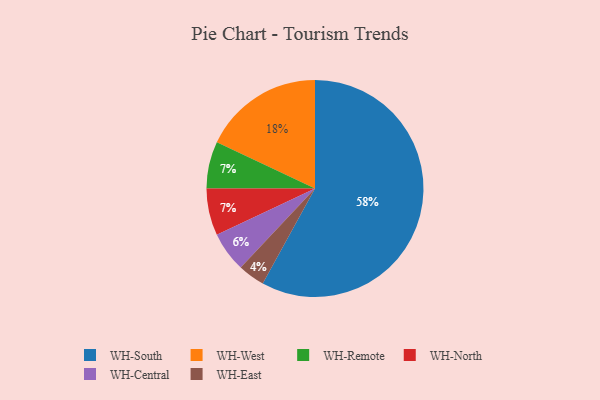
{"axis": {"x": "Category", "y": "Percentage"}, "legend": ["WH-Central", "WH-East", "WH-North", "WH-Remote", "WH-South", "WH-West"], "data": [{"x": "WH-East", "y": 4, "type": "WH-East"}, {"x": "WH-West", "y": 18, "type": "WH-West"}, {"x": "WH-Remote", "y": 7, "type": "WH-Remote"}, {"x": "WH-Central", "y": 6, "type": "WH-Central"}, {"x": "WH-North", "y": 7, "type": "WH-North"}, {"x": "WH-South", "y": 58, "type": "WH-South"}]}